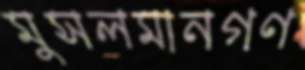
মুসলমানগণ